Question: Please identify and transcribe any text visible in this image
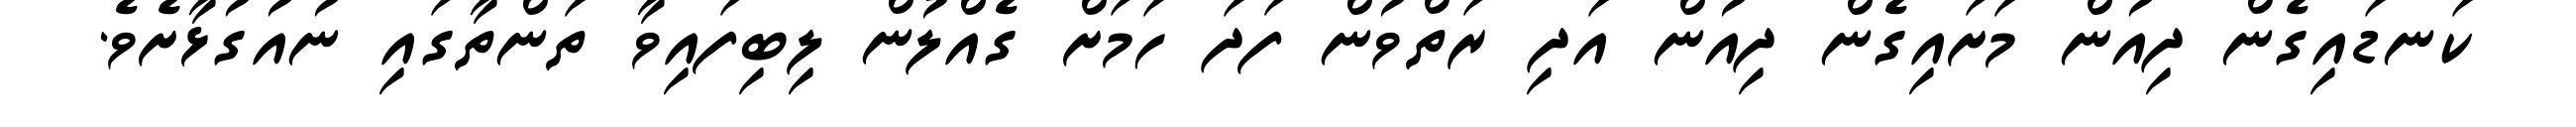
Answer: ކަނޑައިގެން ދިއުން މަށައިގެން ދިއުން އަދި ރަތްވުން ފަދަ ހަމަށް ގެއްލުން ލިބިފައިވާ ތަންތާގައި ނުއުގުޅާށެވެ.